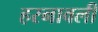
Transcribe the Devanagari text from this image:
हरनावली